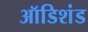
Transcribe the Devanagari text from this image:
ऑडिशंड